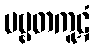
ပဗ္ဗတကူဋံ